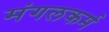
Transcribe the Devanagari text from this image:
मंगलकर्म